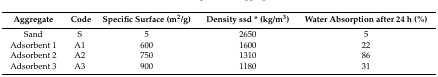
<table><thead><tr><td><b>Aggregate</b></td><td><b>Code</b></td><td><b>Specific Surface (m<sup>2</sup>/g)</b></td><td><b>Density ssd * (kg/m<sup>3</sup>)</b></td><td><b>Water Absorption after 24 h (%)</b></td></tr></thead><tbody><tr><td>Sand</td><td>S</td><td>5</td><td>2650</td><td>5</td></tr><tr><td>Adsorbent 1</td><td>A1</td><td>600</td><td>1600</td><td>22</td></tr><tr><td>Adsorbent 2</td><td>A2</td><td>750</td><td>1310</td><td>86</td></tr><tr><td>Adsorbent 3</td><td>A3</td><td>900</td><td>1180</td><td>31</td></tr></tbody></table>